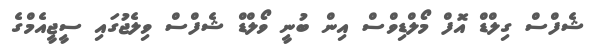
ޝެފްސް ގިލްޑް އޮފް މޯލްޑިވްސް އިން ބުނީ ވޯލްޑް ޝެފްސް ވިލެޖުގައި ސީޖީއެމްގެ